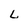
Character: L